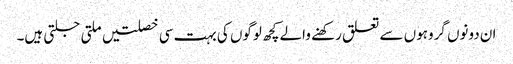
ان دونوں گروہوں سے تعلق رکھنے والے کچھ لوگوں کی بہت سی خصلتیں ملتی جلتی ہیں۔